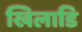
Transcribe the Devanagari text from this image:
खिलाडि